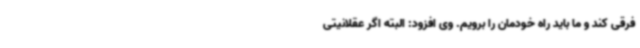
فرقی کند و ما باید راه خودمان را برویم. وی افزود: البته اگر عقلانیتی